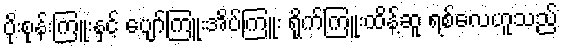
ပိုးစုန်းကြူးနှင့် ပျော်ကြူးအိပ်ကြူး ရိုက်ကြူးထိန့်ဆူ ရစ်လေဟူသည်